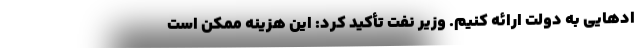
اد‌هایی به دولت ارائه کنیم. وزیر نفت تأکید کرد: این هزینه ممکن است